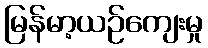
မြန်မာ့ယဉ်ကျေးမှု